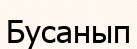
Бусанып